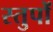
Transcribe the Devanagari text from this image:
स्तुपों